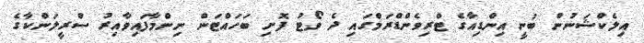
އިލެކްޝަނުން ބުނީ އިންޑިއާގެ ޓްރިވެންޑްރަމްގައި ދެ ވޯޓު ފޮށި ބަހައްޓަން ނިންމާފައިވާއިރު ސްރީލަންކާގެ